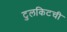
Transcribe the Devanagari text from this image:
टुलकिटची